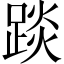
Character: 𨁹